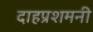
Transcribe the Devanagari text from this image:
दाहप्रशमनी